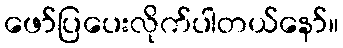
ဖော်ပြပေးလိုက်ပါတယ်နော်။